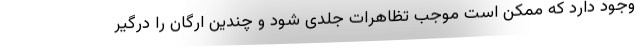
وجود دارد که ممکن است موجب تظاهرات جلدی شود و چندین ارگان را درگیر